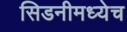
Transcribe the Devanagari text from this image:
सिडनीमध्येच